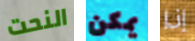
النحت يمكن إذا